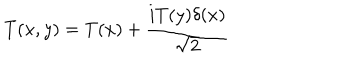
T ( x , y ) = T ( x ) + \frac { i T ( y ) \delta ( x ) } { \sqrt { 2 } }